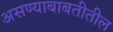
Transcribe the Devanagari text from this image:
असण्याबाबतीतील